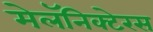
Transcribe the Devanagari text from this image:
मेलॅनिक्टेरस